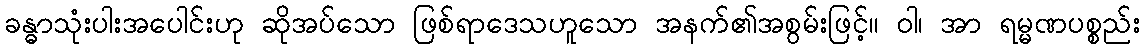
ခန္ဓာသုံးပါးအပေါင်းဟု ဆိုအပ်သော ဖြစ်ရာဒေသဟူသော အနက်၏အစွမ်းဖြင့်။ ဝါ၊ အာ ရမ္မဏပစ္စည်း